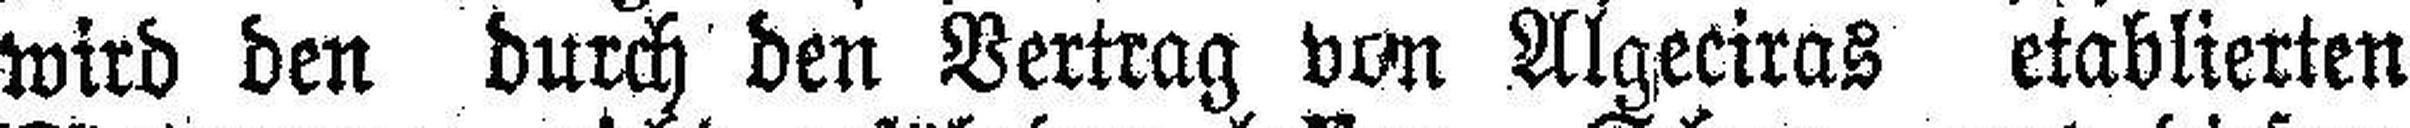
wird den durch den Vertrag von Algeciras etablierten